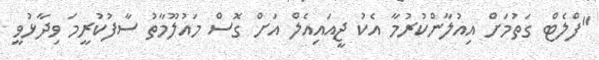
"ފްލެޓް ގަތުމަށް އިއުލާންކުރުމާ އެކު ޖީއައިއެލް އަށް ގޮސް މައުލޫމާތު ސާފުކުރީމަ ވިދާޅުވީ